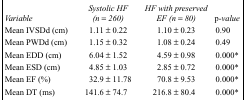
<table><thead><tr><td><b><i>Variable</i></b></td><td><b><i>Systolic HF (n = 260)</i></b></td><td><b><i>HF with preserved EF (n = 80)</i></b></td><td><b>p<i>-value</i></b></td></tr></thead><tbody><tr><td>Mean IVSDd (cm)</td><td>1.11 ± 0.22</td><td>1.10 ± 0.23</td><td>0.90</td></tr><tr><td>Mean PWDd (cm)</td><td>1.15 ± 0.32</td><td>1.08 ± 0.24</td><td>0.49</td></tr><tr><td>Mean EDD (cm)</td><td>6.04 ± 1.52</td><td>4.59 ± 0.98</td><td>0.000*</td></tr><tr><td>Mean ESD (cm)</td><td>4.85 ± 1.03</td><td>2.85 ± 0.72</td><td>0.000*</td></tr><tr><td>Mean EF (%)</td><td>32.9 ± 11.78</td><td>70.8 ± 9.53</td><td>0.000*</td></tr><tr><td>Mean DT (ms)</td><td>141.6 ± 74.7</td><td>216.8 ± 80.4</td><td>0.000*</td></tr></tbody></table>